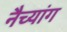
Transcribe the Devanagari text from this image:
नैच्यांग